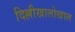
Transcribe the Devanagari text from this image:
दिल्लीखालोखाल